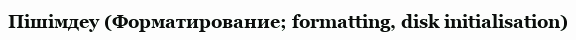
Пішімдеу (Форматирование; formatting, disk initialisation)